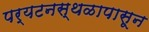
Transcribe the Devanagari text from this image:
पर्यटनस्थळापासून